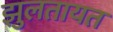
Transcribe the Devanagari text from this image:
झुलतायत